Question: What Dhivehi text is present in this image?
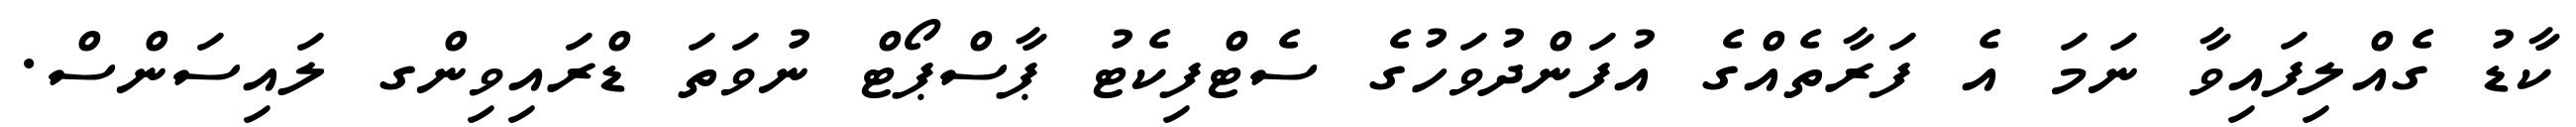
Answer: ކާޑު ގެއްލިފައިވާ ނަމަ އެ ފަރާތެއްގެ އުފަންދުވަހުގެ ސެޓްފިކެޓު ޕާސްޕޯޓް ނުވަތަ ޑްރައިވިންގ ލައިސަންސް.